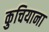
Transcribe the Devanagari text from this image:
कुचियाना